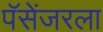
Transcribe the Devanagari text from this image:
पॅसेंजरला